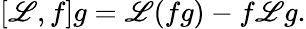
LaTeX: \left[\mathscr{L},f\right]g=\mathscr{L}(fg)-f\mathscr{L}g.